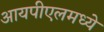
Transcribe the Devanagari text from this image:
आयपीएलमध्ये